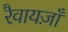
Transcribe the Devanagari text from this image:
रैवायज़ाँ